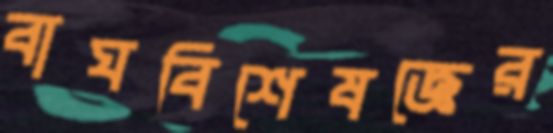
বাঘবিশেষজ্ঞের